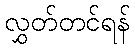
လွှတ်တင်ရန်